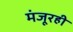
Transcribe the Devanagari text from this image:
मंजूरही